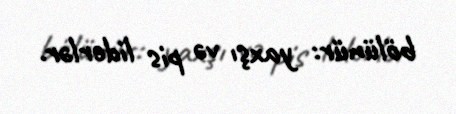
bölünür: yaxşı və pis liderlər.